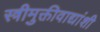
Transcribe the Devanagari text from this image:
स्त्रीमुक्तीवाद्यांशी